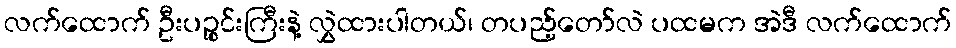
လက်ထောက် ဦးပဉ္စင်းကြီးနဲ့ လွှဲထားပါတယ်၊ တပည့်တော်လဲ ပထမက အဲဒီ လက်ထောက်